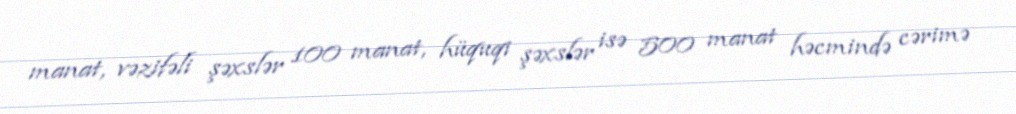
manat, vəzifəli şəxslər 100 manat, hüquqi şəxslər isə 500 manat həcmində cərimə